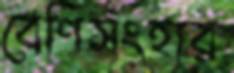
বেণিসংহার